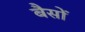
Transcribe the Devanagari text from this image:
बैसों